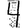
Digit: 4